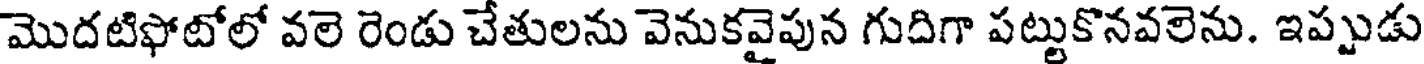
మొదటిఫోటోలో వలె రెండు చేతులను వెనుకవైపున గుదిగా పట్టుకొనవలెను. ఇప్పుడు